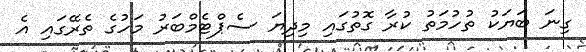
ގިނަ ބަޔަކު ތުހުމަތު ކުރާ ގޮތުގައި މިދިޔަ ސެޕްޓެމްބަރު މަހުގެ ތެރޭގައި އެ